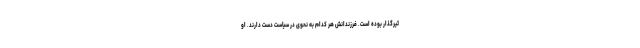
ثیرگذار بوده است. فرزندانش هر کدام به نحوی در سیاست دست دارند. او